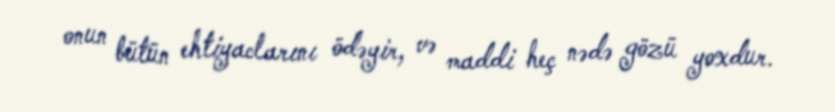
onun bütün ehtiyaclarını ödəyir, və maddi heç nədə gözü yoxdur.